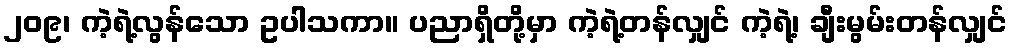
၂၀၉၊ ကဲ့ရဲ့လွန်သော ဥပါသကာ။ ပညာရှိတို့မှာ ကဲ့ရဲ့တန်လျှင် ကဲ့ရဲ့၊ ချီးမွမ်းတန်လျှင်